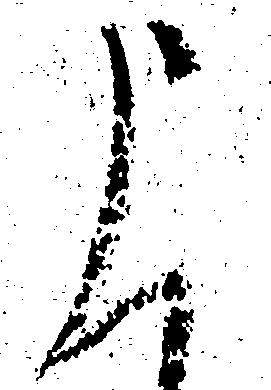
申